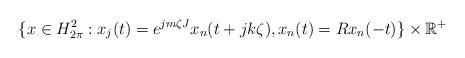
LaTeX: \begin{align*}\{x\in H_{2\pi}^{2}:x_{j}(t)=e^{jm\zeta J}x_{n}(t+jk\zeta),x_{n}(t)=Rx_{n}(-t)\}\times\mathbb{R}^{+} \end{align*}